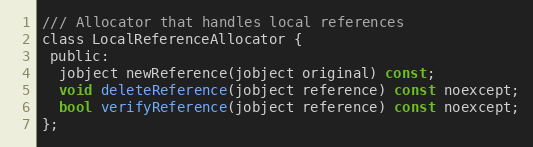
Language: C
/// Allocator that handles local references
class LocalReferenceAllocator {
 public:
  jobject newReference(jobject original) const;
  void deleteReference(jobject reference) const noexcept;
  bool verifyReference(jobject reference) const noexcept;
};